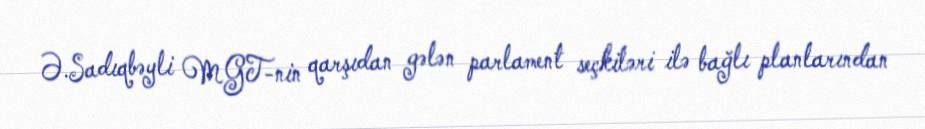
Ə.Sadıqbəyli MGT-nin qarşıdan gələn parlament seçkiləri ilə bağlı planlarından